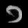
Digit: ၁